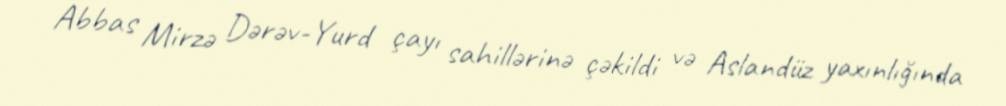
Abbas Mirzə Dərəv-Yurd çayı sahillərinə çəkildi və Aslandüz yaxınlığında